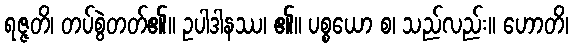
ရဇ္ဇတိ၊ တပ်စွဲတတ်၏။ ဥပါဒါနဿ၊ ၏။ ပစ္စယော စ၊ သည်လည်း။ ဟောတိ၊